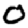
Digit: 0